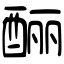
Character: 酾